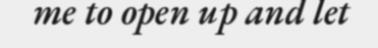
me to open up and let